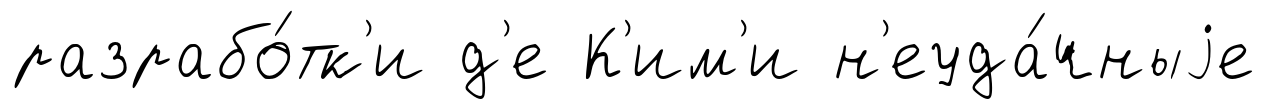
разрабо́тк'и д'е К'им'и н'еуда́чныjе